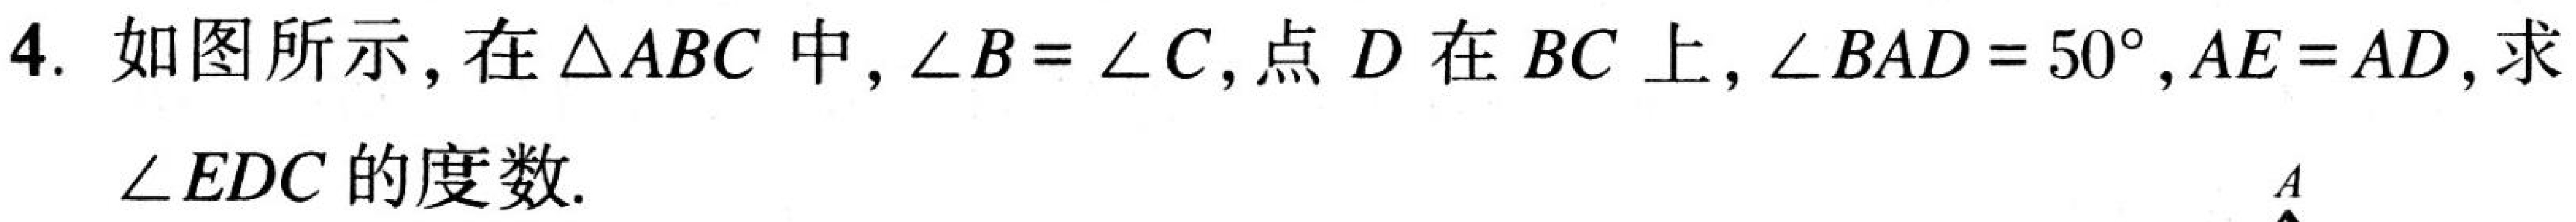
4. 如图所示，在\(\triangle ABC\)中，\(\angle B = \angle C\)，点\(D\)在\(BC\)上，\(\angle BAD = 50^{\circ}\)，\(AE = AD\)，求\(\angle EDC\)的度数.